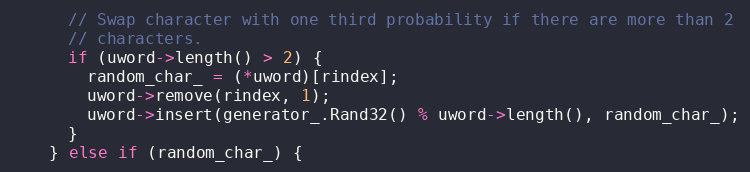
Language: C++
      // Swap character with one third probability if there are more than 2
      // characters.
      if (uword->length() > 2) {
        random_char_ = (*uword)[rindex];
        uword->remove(rindex, 1);
        uword->insert(generator_.Rand32() % uword->length(), random_char_);
      }
    } else if (random_char_) {